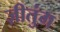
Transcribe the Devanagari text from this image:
ज़ीतुंग